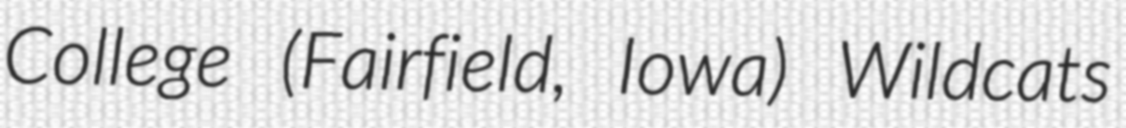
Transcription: College (Fairfield, Iowa) Wildcats